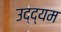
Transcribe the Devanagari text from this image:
उद्द्यम